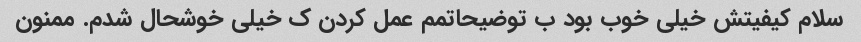
سلام کیفیتش خیلی خوب بود ب توضیحاتمم عمل کردن ک خیلی خوشحال شدم. ممنون